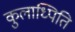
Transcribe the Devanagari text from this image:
कुलाध्पिति